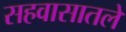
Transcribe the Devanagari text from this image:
सहवासातले